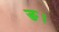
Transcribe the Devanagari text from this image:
ङ।